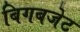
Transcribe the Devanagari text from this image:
बिगबजेट